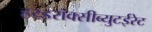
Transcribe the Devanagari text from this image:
हय्डरॉक्सीब्युटईरेट